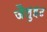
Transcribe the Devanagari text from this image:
जैलुइट